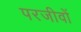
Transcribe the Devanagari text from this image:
परजीवों